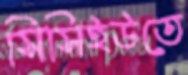
সিসিইউতে